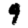
Digit: 9